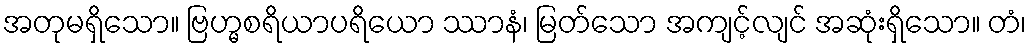
အတုမရှိသော။ ဗြဟ္မစရိယာပရိယော ဿာနံ၊ မြတ်သော အကျင့်လျင် အဆုံးရှိသော။ တံ၊